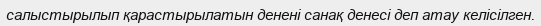
салыстырылып қарастырылатын денені санақ денесі деп атау келісілген.